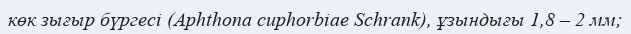
көк зығыр бүргесі (Aphthona cuphorbіae Schrank), ұзындығы 1,8 – 2 мм;